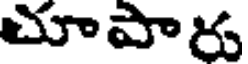
చూపారు